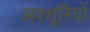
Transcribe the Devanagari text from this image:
अश्शूरियों